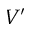
V ^ { \prime }